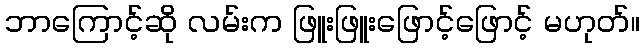
ဘာကြောင့်ဆို လမ်းက ဖြူးဖြူးဖြောင့်ဖြောင့် မဟုတ်။